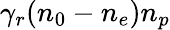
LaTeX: \gamma_{r}(n_{0}-n_{e})n_{p}